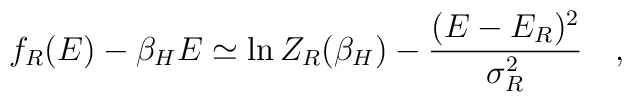
f_R(E)-\beta_H E\simeq\ln Z_R(\beta_H)- {(E-E_R)^2\over \sigma^2_R}~~~,